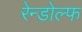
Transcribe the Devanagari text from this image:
रेन्डोल्फ